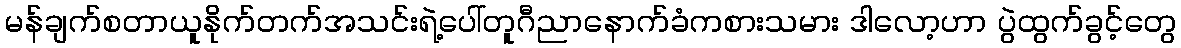
မန်ချက်စတာယူနိုက်တက်အသင်းရဲ့ပေါ်တူဂီညာနောက်ခံကစားသမား ဒါလော့ဟာ ပွဲထွက်ခွင့်တွေ